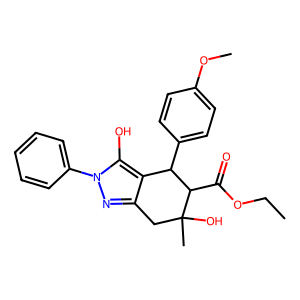
SMILES: CCOC(=O)C1C(c2ccc(OC)cc2)c2c(nn(-c3ccccc3)c2O)CC1(C)O
Inhibits HIV replication: No